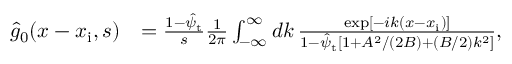
\begin{array} { r l } { \hat { g } _ { 0 } ( x - x _ { \mathrm { i } } , s ) } & { = \frac { 1 - \hat { \psi } _ { \mathrm { t } } } { s } \frac { 1 } { 2 \pi } \int _ { - \infty } ^ { \infty } d k \, \frac { \exp [ - i k ( x - x _ { \mathrm { i } } ) ] } { 1 - \hat { \psi } _ { \mathrm { t } } \left[ 1 + A ^ { 2 } / ( 2 B ) + ( B / 2 ) k ^ { 2 } \right] } , } \end{array}